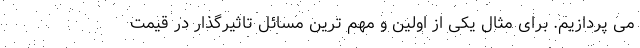
می پردازیم. برای مثال یکی از اولین و مهم ترین مسائل تاثیرگذار در قیمت